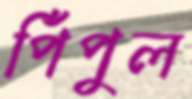
পিঁপুল